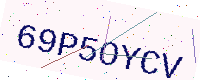
Text: 69P5OYCV